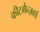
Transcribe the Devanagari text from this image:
कीटमैन्ज़वर्प